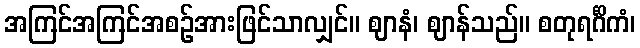
အကြင်အကြင်အစဉ်အားဖြင်သာလျှင်။ ဈာနံ၊ ဈာန်သည်။ စတုရင်္ဂိကံ၊